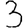
Digit: 3